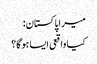
میرا پاکستان:
کیا واقعی ایسا ہوگا؟